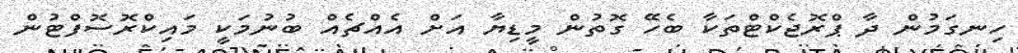
ހިނގަމުން ދާ ޕްރޮޖެކްޓްތަކާ ބެހޭ ގޮތުން މީޑިޔާ އަށް އެއްޗެއް ބުނުމަކީ މައިކްރޮސޮފްޓުން